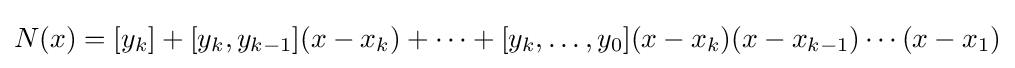
N(x)=[y_{k}]+[{y}_{k},{y}_{k-1}](x-{x}_{k})+\cdots +[{y}_{k},\ldots ,{y}_{0}](x-{x}_{k})(x-{x}_{k-1})\cdots (x-{x}_{1})